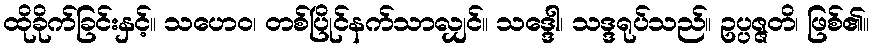
ထိုခိုက်ခြင်းနှင့်။ သဟေဝ၊ တစ်ပြိုင်နက်သာလျှင်။ သဒ္ဒေါ၊ သဒ္ဒရုပ်သည်။ ဥပ္ပဇ္ဇတိ၊ ဖြစ်၏။